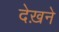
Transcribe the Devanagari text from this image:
देख़ने